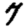
Digit: 7